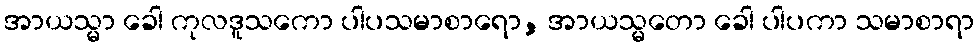
အာယသ္မာ ခေါ ကုလဒူသကော ပါပသမာစာရော, အာယသ္မတော ခေါ ပါပကာ သမာစာရာ